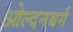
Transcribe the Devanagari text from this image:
ओल्दनबर्ग